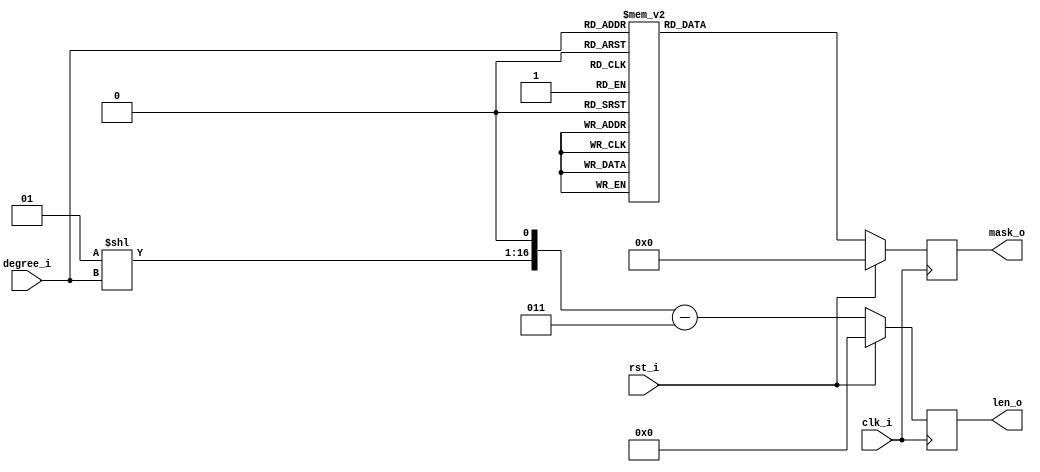
module lfsr_constants(clk_i,rst_i,degree_i,mask_o,len_o);
   input             clk_i;
   input             rst_i;
   input      [4:0]  degree_i;
   output reg [15:0] mask_o;
   output reg [16:0] len_o;

   integer len;
   
   always @(posedge clk_i)
     if (rst_i)
       begin
	  len_o <= #5 17'b0;
	  mask_o <= #5 16'b0;
       end
     else
       begin
	  len_o <= #5 ((1 << degree_i) << 1)-3;
	  
	  case (degree_i)
	    5'd00: mask_o <= #5 16'h0000;
	    5'd01: mask_o <= #5 16'h0001;
	    5'd02: mask_o <= #5 16'h0003;
	    5'd03: mask_o <= #5 16'h0005;
	    5'd04: mask_o <= #5 16'h0009;
	    5'd05: mask_o <= #5 16'h0012;
	    5'd06: mask_o <= #5 16'h0021;
	    5'd07: mask_o <= #5 16'h0041;
	    5'd08: mask_o <= #5 16'h008E;
	    5'd09: mask_o <= #5 16'h0108;
	    5'd10: mask_o <= #5 16'h0204;
	    5'd11: mask_o <= #5 16'h0402;
	    5'd12: mask_o <= #5 16'h0829;
	    5'd13: mask_o <= #5 16'h100D;
	    5'd14: mask_o <= #5 16'h2015;
	    5'd15: mask_o <= #5 16'h4001;
	    5'd16: mask_o <= #5 16'h8016;
	    default: mask_o <= #5 16'h0000;
          endcase // case(degree_i)
       end // else: !if(rst_i)

endmodule